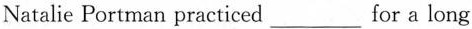
Natalie Portman practiced ___ for a long